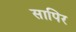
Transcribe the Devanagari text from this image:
सापिर